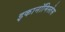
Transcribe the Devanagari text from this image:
इकानॉमिस्तेस